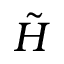
\tilde { H }